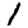
Digit: 1